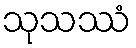
သုသဿံ